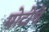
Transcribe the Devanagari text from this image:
मोटोचे